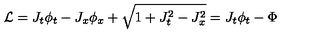
\mathcal { L } = J _ { t } \phi _ { t } - J _ { x } \phi _ { x } + \sqrt { 1 + J _ { t } ^ { 2 } - J _ { x } ^ { 2 } } = J _ { t } \phi _ { t } - \Phi